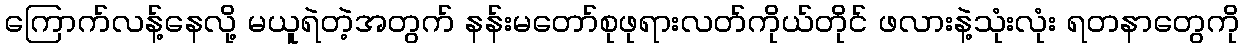
ကြောက်လန့်နေလို့ မယူရဲတဲ့အတွက် နန်းမတော်စုဖုရားလတ်ကိုယ်တိုင် ဖလားနဲ့သုံးလုံး ရတနာတွေကို